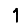
Digit: 1